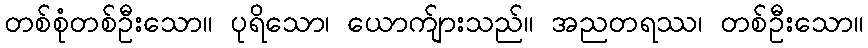
တစ်စုံတစ်ဦးသော။ ပုရိသော၊ ယောက်ျားသည်။ အညတရဿ၊ တစ်ဦးသော။